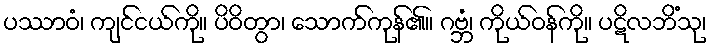
ပဿာဝံ၊ ကျင်ငယ်ကို။ ပိဝိတွာ၊ သောက်ကုန်၏။ ဂဗ္ဘံ၊ ကိုယ်ဝန်ကို။ ပဋိလဘိံသု၊